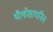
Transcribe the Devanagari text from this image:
थैलोसायनिन